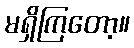
မရှိကြတော့။